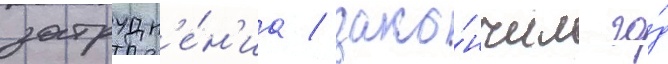
затрудн'е́н'иа / зако́нчил го́д